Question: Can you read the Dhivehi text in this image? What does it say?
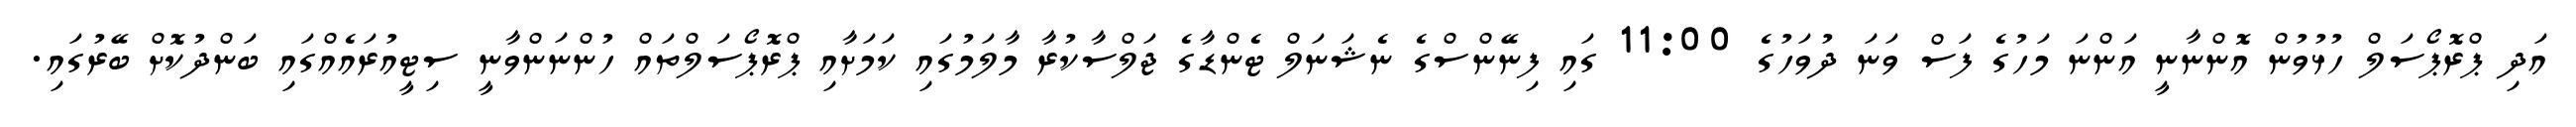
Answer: އަދި ޕްރޮޕޯސަލް ހުޅުވުން އޮންނާނީ އަންނަ މަހުގެ ފަސް ވަނަ ދުވަހުގެ 11:00 ގައި ފިނޭންސްގެ ނެޝަނަލް ޓެންޑާގެ ޖަލްސާކުރާ މާލަމުގައި ކަމަށާއި ޕްރޮޕޯސަލްތައް ހުންނަންވާނީ ސިޓީއުރައެއްގައި ބަންދުކޮށް ބޭރުގައި.